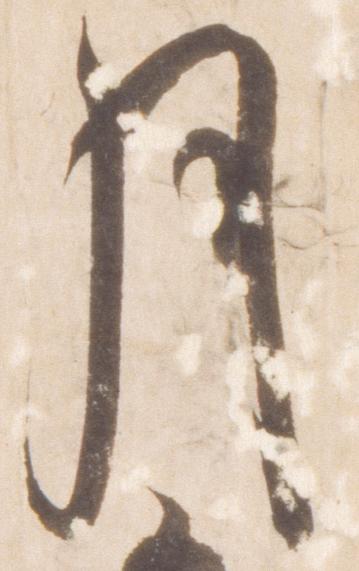
月